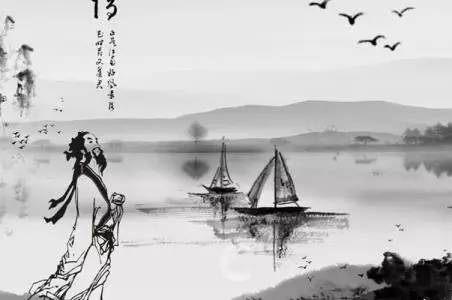
寂寥西窗久坐，故人慳会遇，同翦灯语。